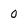
Character: 0